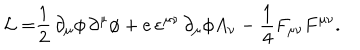
LaTeX: \mathcal { L = } \frac { 1 } { 2 } \, \partial _ { \mu } \phi \, \partial ^ { \mu } \phi + e \, \varepsilon ^ { \mu \nu } \, \partial _ { \mu } \phi A _ { \nu } - \frac { 1 } { 4 } F _ { \mu \nu } F ^ { \mu \nu } .